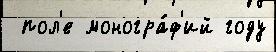
 пол'е моногра́ф'ий году